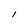
Character: I